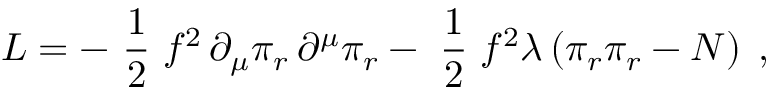
{ \cal L } = - \mathrm { \small ~ \frac { 1 } { 2 } ~ } f ^ { 2 } \, \partial _ { \mu } \pi _ { r } \, \partial ^ { \mu } \pi _ { r } - \mathrm { \small ~ \frac { 1 } { 2 } ~ } f ^ { 2 } \lambda \left( \pi _ { r } \pi _ { r } - N \right) \; ,